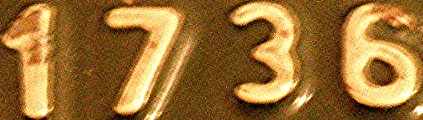
1736